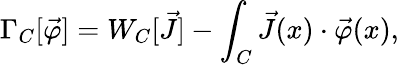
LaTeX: \Gamma_{C}[\vec{\varphi}]=W_{C}[\vec{J}]-\int_{C}\vec{J}(x)\cdot\vec{\varphi}(x),